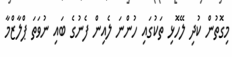
މިގޮތުން ކުދި ލޭހޮޅި ތަކުގައި ހުންނަ ލެއިން ފެނުގެ ބައި ނުވަތަ ޕްލާޒްމާ